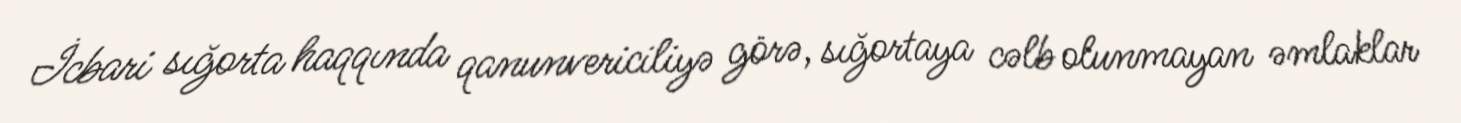
İcbari sığorta haqqında qanunvericiliyə görə, sığortaya cəlb olunmayan əmlaklar